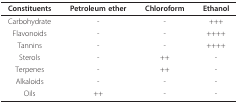
<table><thead><tr><td><b>Constituents</b></td><td><b>Petroleum ether</b></td><td><b>Chloroform</b></td><td><b>Ethanol</b></td></tr></thead><tbody><tr><td>Carbohydrate</td><td>-</td><td>-</td><td>+++</td></tr><tr><td>Flavonoids</td><td>-</td><td>-</td><td>++++</td></tr><tr><td>Tannins</td><td>-</td><td>-</td><td>++++</td></tr><tr><td>Sterols</td><td>-</td><td>++</td><td>-</td></tr><tr><td>Terpenes</td><td>-</td><td>++</td><td>-</td></tr><tr><td>Alkaloids</td><td>-</td><td>-</td><td>-</td></tr><tr><td>Oils</td><td>++</td><td>-</td><td>-</td></tr></tbody></table>